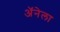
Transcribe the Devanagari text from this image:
अॅनेला